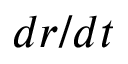
d r / d t